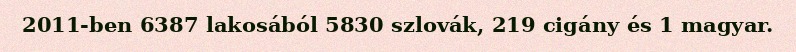
2011-ben 6387 lakosából 5830 szlovák, 219 cigány és 1 magyar.